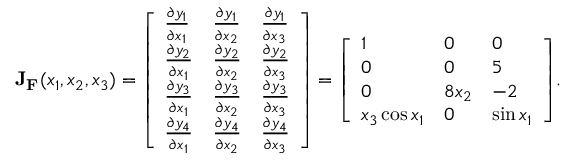
\mathbf { J } _ { \mathbf { F } } ( x _ { 1 } , x _ { 2 } , x _ { 3 } ) = { \left[ \begin{array} { l l l } { { \frac { \partial y _ { 1 } } { \partial x _ { 1 } } } } & { { \frac { \partial y _ { 1 } } { \partial x _ { 2 } } } } & { { \frac { \partial y _ { 1 } } { \partial x _ { 3 } } } } \\ { { \frac { \partial y _ { 2 } } { \partial x _ { 1 } } } } & { { \frac { \partial y _ { 2 } } { \partial x _ { 2 } } } } & { { \frac { \partial y _ { 2 } } { \partial x _ { 3 } } } } \\ { { \frac { \partial y _ { 3 } } { \partial x _ { 1 } } } } & { { \frac { \partial y _ { 3 } } { \partial x _ { 2 } } } } & { { \frac { \partial y _ { 3 } } { \partial x _ { 3 } } } } \\ { { \frac { \partial y _ { 4 } } { \partial x _ { 1 } } } } & { { \frac { \partial y _ { 4 } } { \partial x _ { 2 } } } } & { { \frac { \partial y _ { 4 } } { \partial x _ { 3 } } } } \end{array} \right] } = { \left[ \begin{array} { l l l } { 1 } & { 0 } & { 0 } \\ { 0 } & { 0 } & { 5 } \\ { 0 } & { 8 x _ { 2 } } & { - 2 } \\ { x _ { 3 } \cos x _ { 1 } } & { 0 } & { \sin x _ { 1 } } \end{array} \right] } .